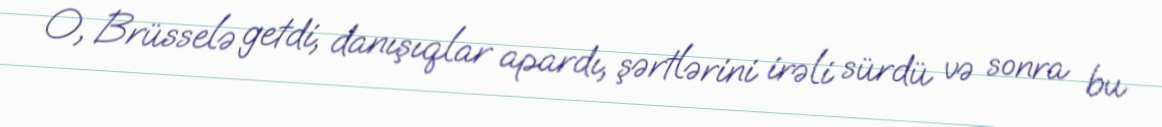
O, Brüsselə getdi, danışıqlar apardı, şərtlərini irəli sürdü və sonra bu